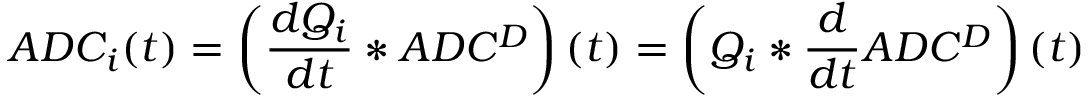
A D C _ { i } ( t ) = \left( \frac { d Q _ { i } } { d t } * A D C ^ { D } \right) ( t ) = \left( Q _ { i } * \frac { d } { d t } A D C ^ { D } \right) ( t )